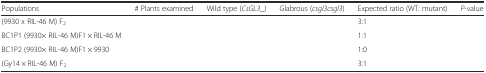
<table><thead><tr><td><b>Populations</b></td><td><b># Plants examined</b></td><td><b>Wild type (<i>CsGL3</i>_)</b></td><td><b>Glabrous (<i>csgl3csgl3</i>)</b></td><td><b>Expected ratio (WT: mutant)</b></td><td><b><i>P</i>-value</b></td></tr></thead><tbody><tr><td>(9930 x RIL-46 M) F<sub>2</sub></td><td>[EMPTY_CELL]</td><td>[EMPTY_CELL]</td><td>[EMPTY_CELL]</td><td>3:1</td><td>[EMPTY_CELL]</td></tr><tr><td>BC1P1 (9930× RIL-46 M)F1 × RIL-46 M</td><td>[EMPTY_CELL]</td><td>[EMPTY_CELL]</td><td>[EMPTY_CELL]</td><td>1:1</td><td>[EMPTY_CELL]</td></tr><tr><td>BC1P2 (9930× RIL-46 M)F1 × 9930</td><td>[EMPTY_CELL]</td><td>[EMPTY_CELL]</td><td>[EMPTY_CELL]</td><td>1:0</td><td>[EMPTY_CELL]</td></tr><tr><td>(Gy14 × RIL-46 M) F<sub>2</sub></td><td>[EMPTY_CELL]</td><td>[EMPTY_CELL]</td><td>[EMPTY_CELL]</td><td>3:1</td><td>[EMPTY_CELL]</td></tr></tbody></table>